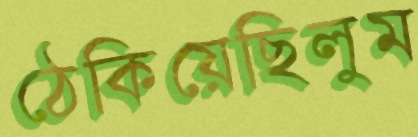
ঠেকিয়েছিলুম